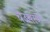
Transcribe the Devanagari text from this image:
चउसरण